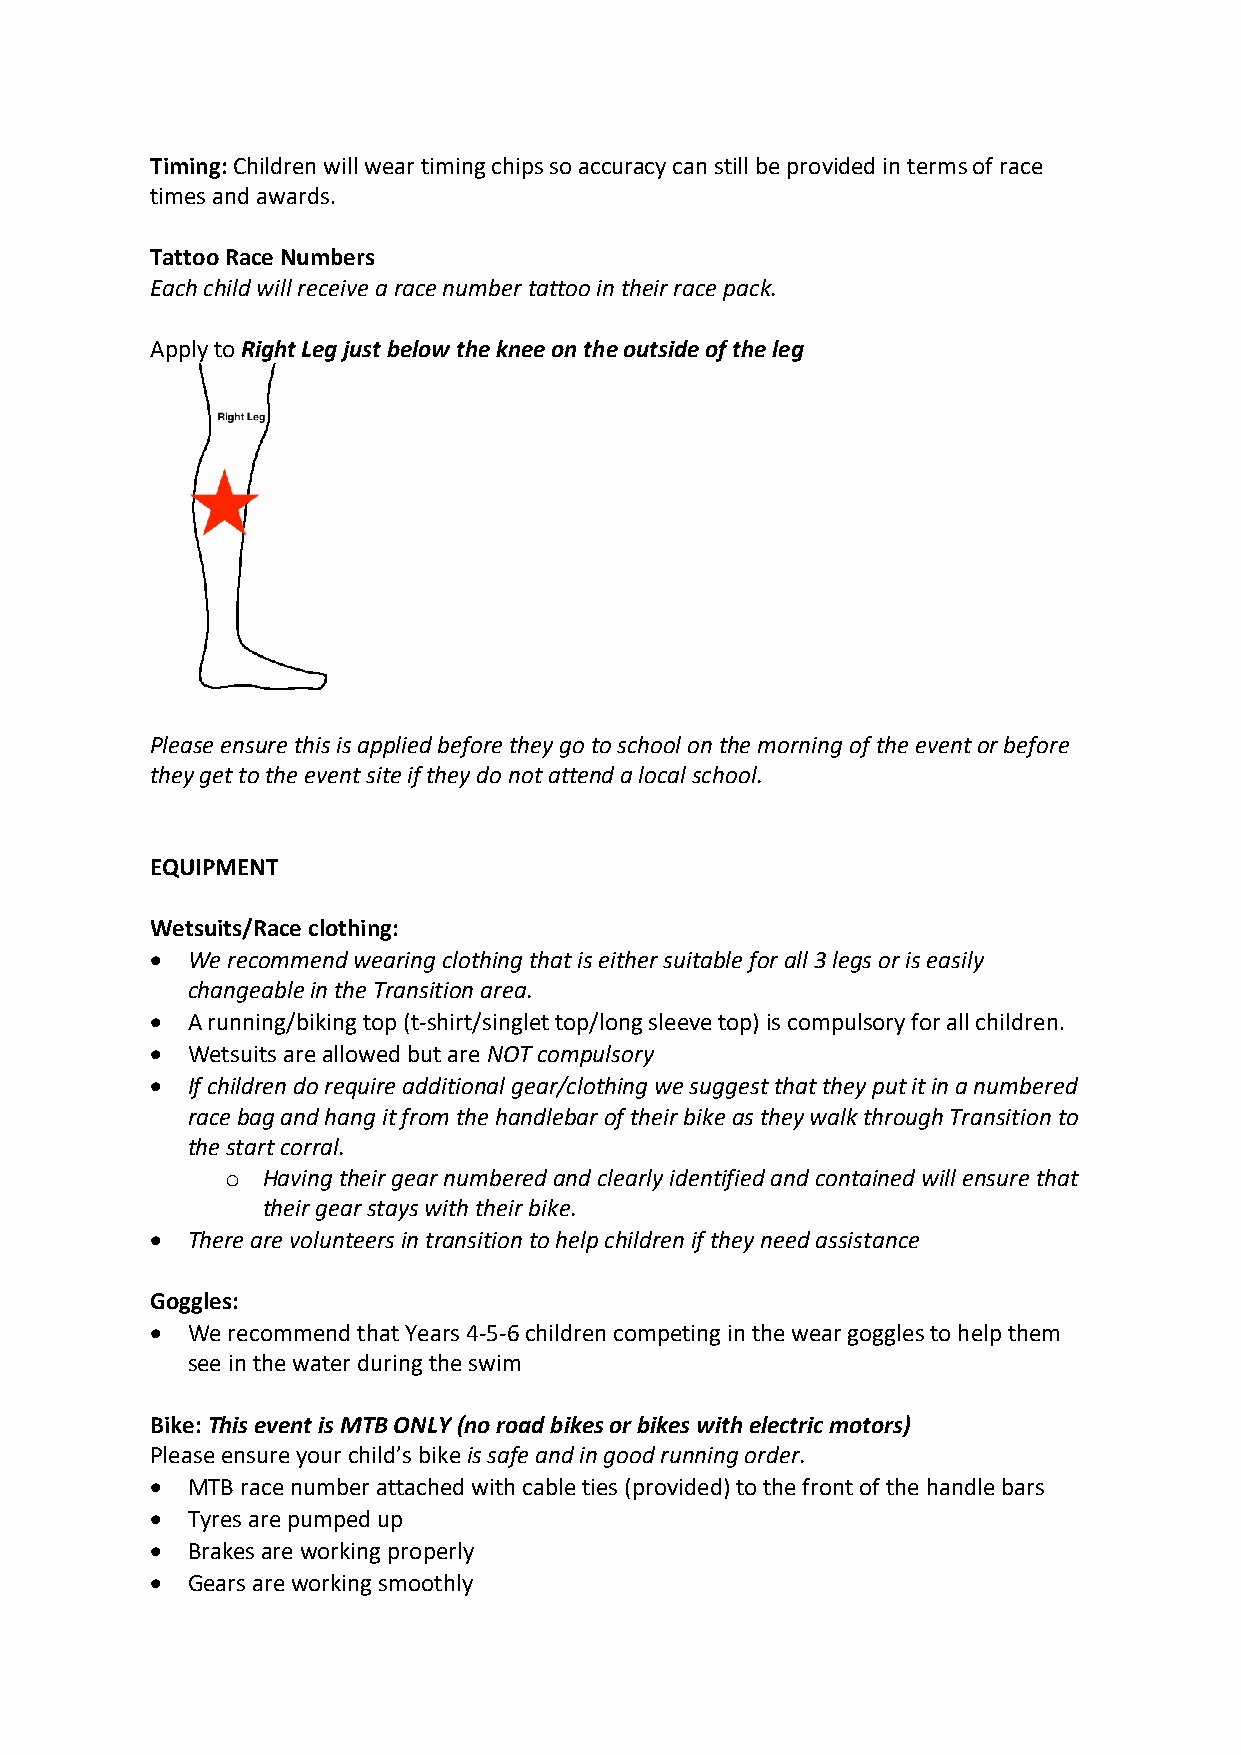
Timing: Children will wear timing chips so accuracy can still be provided in terms of race
 times and awards.
 Tattoo Race Numbers
 Each child will receive a race number tattoo in their race pack.
 Apply to Right Leg just below the knee on the outside of the leg
 Please ensure this is applied before they go to school on the morning of the event or before
 they get to the event site if they do not attend a local school.
 EQUIPMENT
 Wetsuits/Race clothing:
 • We recommend wearing clothing that is either suitable for all 3 legs or is easily
 changeable in the Transition area.
 • A running/biking top (t-shirt/singlet top/long sleeve top) is compulsory for all children.
 • Wetsuits are allowed but are NOT compulsory
 • If children do require additional gear/clothing we suggest that they put it in a numbered
 race bag and hang it from the handlebar of their bike as they walk through Transition to
 the start corral.
 o Having their gear numbered and clearly identified and contained will ensure that
 their gear stays with their bike.
 • There are volunteers in transition to help children if they need assistance
 Goggles:
 • We recommend that Years 4-5-6 children competing in the wear goggles to help them
 see in the water during the swim
 Bike: This event is MTB ONLY (no road bikes or bikes with electric motors)
 Please ensure your child’s bike is safe and in good running order.
 • MTB race number attached with cable ties (provided) to the front of the handle bars
 • Tyres are pumped up
 • Brakes are working properly
 • Gears are working smoothly